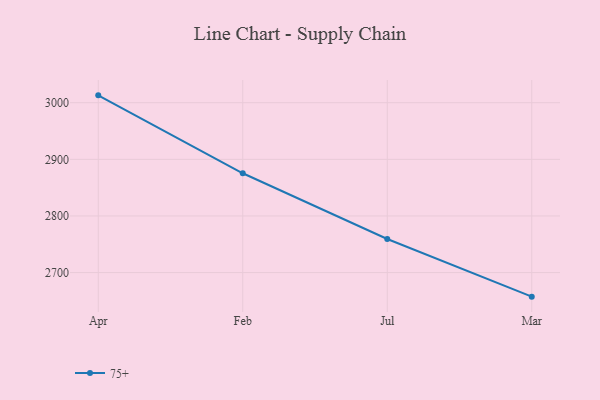
{"axis": {"x": "Month", "y": "Gross Profit (USD K)"}, "legend": ["75+"], "data": [{"x": "Apr", "y": 3013.0, "type": "75+"}, {"x": "Feb", "y": 2875.4, "type": "75+"}, {"x": "Jul", "y": 2759.3, "type": "75+"}, {"x": "Mar", "y": 2657.5, "type": "75+"}]}